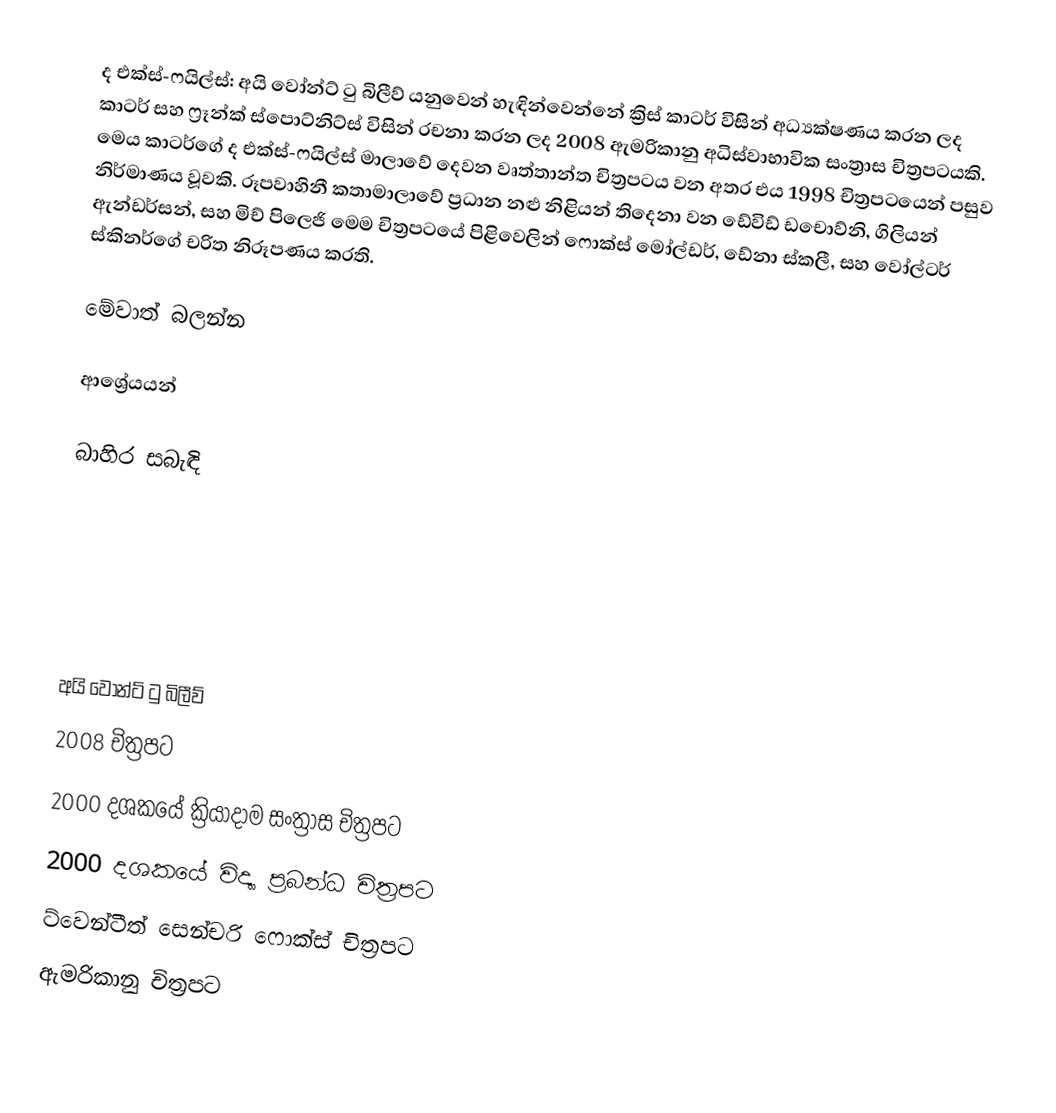
ද එක්ස්-ෆයිල්ස්: අයි වෝන්ට් ටු බිලීව් යනුවෙන් හැඳින්වෙන්නේ ක්‍රිස් කාටර් විසින් අධ්‍යක්ෂණය කරන ලද කාටර් සහ ෆ්‍රෑන්ක් ස්පොට්නිට්ස් විසින් රචනා කරන ලද 2008 ඇමරිකානු අධිස්වාභාවික සංත්‍රාස චිත්‍රපටයකි. මෙය කාටර්ගේ ද එක්ස්-ෆයිල්ස් මාලාවේ දෙවන වෘත්තාන්ත චිත්‍රපටය වන අතර එය 1998 චිත්‍රපටයෙන් පසුව නිර්මාණය වූවකි. රූපවාහිනී කතාමාලාවේ ප්‍රධාන නළු නිළියන් තිදෙනා වන ඩේවිඩ් ඩචොව්නි, ගිලියන් ඇන්ඩර්සන්, සහ මිච් පිලෙජි මෙම චිත්‍රපටයේ පිළිවෙලින් ෆොක්ස් මෝල්ඩර්, ඩේනා ස්කලී, සහ වෝල්ටර් ස්කිනර්ගේ චරිත නිරූපණය කරති.

මේවාත් බලන්න

ආශ්‍රේයයන්

බාහිර සබැඳි

අයි වෝන්ට් ටු බිලීව්
2008 චිත්‍රපට
2000 දශකයේ ක්‍රියාදාම සංත්‍රාස චිත්‍රපට
2000 දශකයේ විද්‍යා ප්‍රබන්ධ චිත්‍රපට
ට්වෙන්ටීත් සෙන්චරි ෆොක්ස් චිත්‍රපට
ඇමරිකානු චිත්‍රපට